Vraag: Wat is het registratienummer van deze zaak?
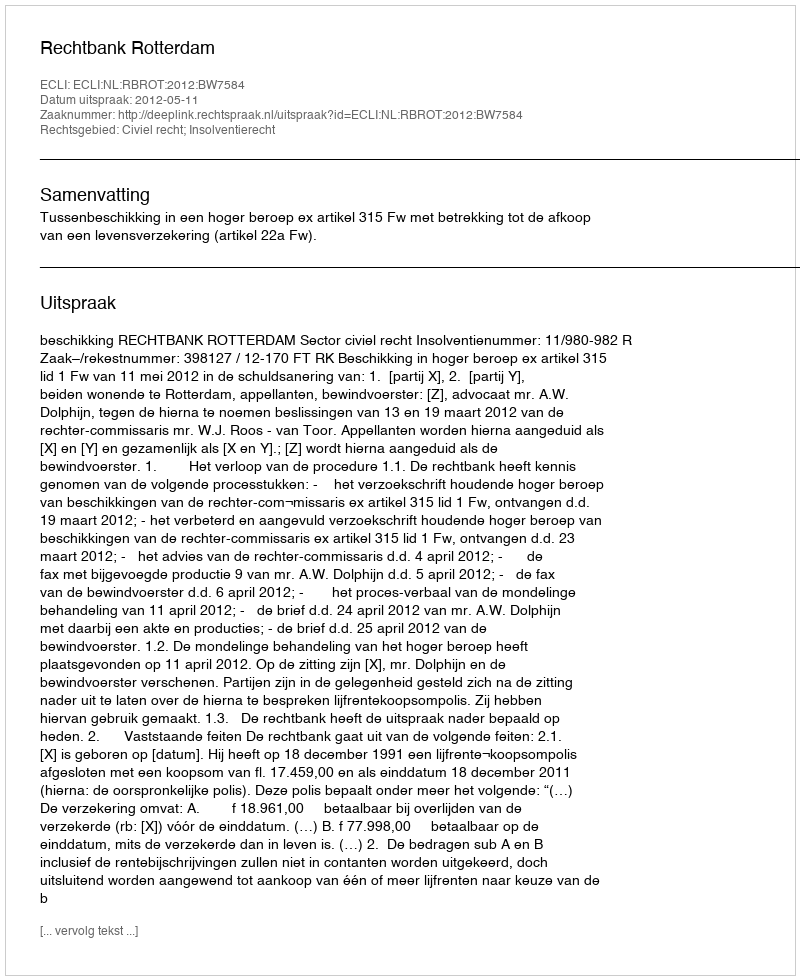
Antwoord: http://deeplink.rechtspraak.nl/uitspraak?id=ECLI:NL:RBROT:2012:BW7584